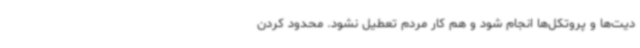
دیت‌ها و پروتکل‌ها انجام شود و هم کار مردم تعطیل نشود. محدود کردن